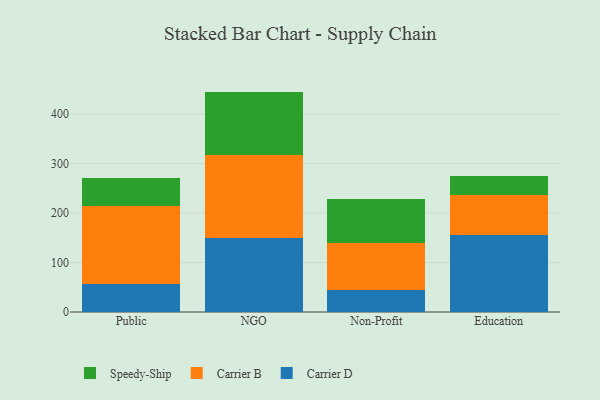
{"axis": {"x": "Segment", "y": "Churn Rate (%)"}, "legend": ["Carrier B", "Carrier D", "Speedy-Ship"], "data": [{"x": "Public", "y": 57.3, "type": "Carrier D"}, {"x": "Public", "y": 156.2, "type": "Carrier B"}, {"x": "Public", "y": 57.3, "type": "Speedy-Ship"}, {"x": "NGO", "y": 149.9, "type": "Carrier D"}, {"x": "NGO", "y": 166.7, "type": "Carrier B"}, {"x": "NGO", "y": 128.6, "type": "Speedy-Ship"}, {"x": "Non-Profit", "y": 44.9, "type": "Carrier D"}, {"x": "Non-Profit", "y": 94.9, "type": "Carrier B"}, {"x": "Non-Profit", "y": 88.7, "type": "Speedy-Ship"}, {"x": "Education", "y": 156.2, "type": "Carrier D"}, {"x": "Education", "y": 79.8, "type": "Carrier B"}, {"x": "Education", "y": 38.4, "type": "Speedy-Ship"}]}